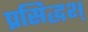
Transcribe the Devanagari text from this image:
प्रसिद्धश्